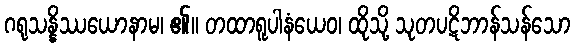
ဂရုသန္နိဿယောနာမ၊ ၏။ တထာရူပါနံယေဝ၊ ထိုသို့ သုတပဋိဘာန်သန်သော